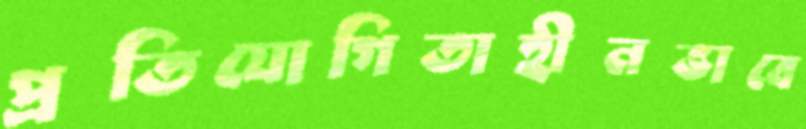
প্রতিযোগিতাহীনভাবে